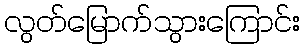
လွတ်မြောက်သွားကြောင်း